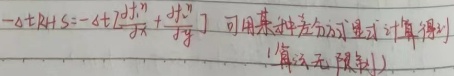
\(-\alpha t + S = -\alpha t(\frac{\partial t}{\partial x}+\frac{\partial t}{\partial y})\) 可用某种差分方式计算得到 ('算法无预测')